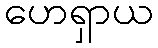
ဟေရှာယ